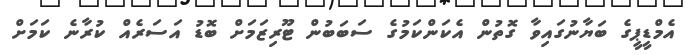
އެމްޑީޕީގެ ބަޔާނުގައިވާ ގޮތުން އެކަންކަމުގެ ސަބަބުން ޓޫރިޒަމަށް ބޮޑު އަސަރެއް ކުރާނެ ކަމަށް